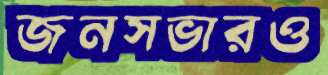
জনসভারও